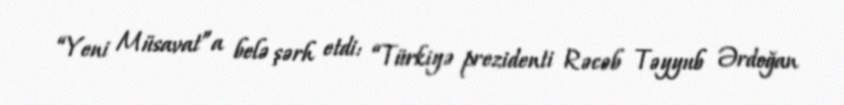
“Yeni Müsavat”a belə şərh etdi: “Türkiyə prezidenti Rəcəb Təyyub Ərdoğan